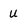
Character: U